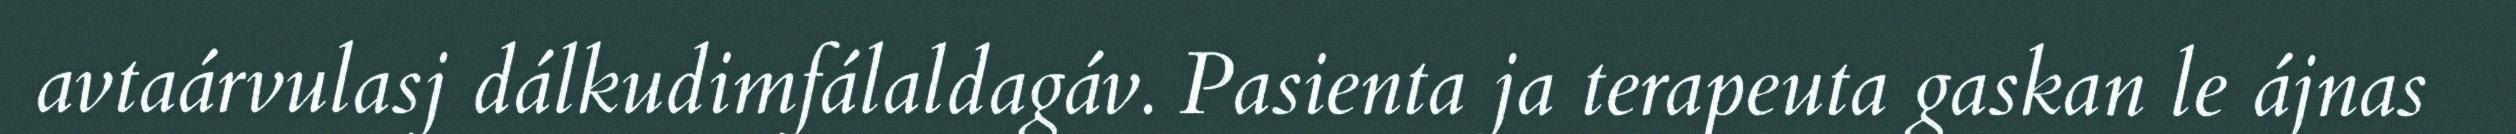
avtaárvulasj dálkudimfálaldagáv. Pasienta ja terapeuta gaskan le ájnas